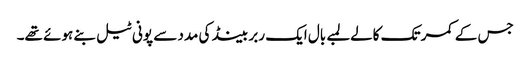
جس کے کمر تک کالےلمبے بال ایک ربر بینڈ کی مدد سے پونی ٹیل بنے ہوئے تھے۔